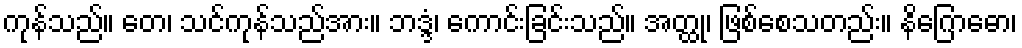
ကုန်သည်။ တေ၊ သင်ကုန်သည်အား။ ဘဒ္ဒံ၊ ကောင်းခြင်းသည်။ အတ္ထု၊ ဖြစ်စေသတည်း။ နိဂြောဓော၊